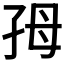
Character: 𡥓